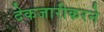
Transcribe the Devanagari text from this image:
देकजारीकरने